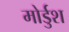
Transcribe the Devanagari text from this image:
मोर्डुश